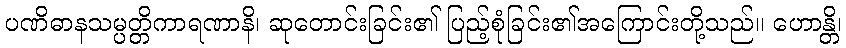
ပဏိဓာနသမ္ပတ္တိကာရဏာနိ၊ ဆုတောင်းခြင်း၏ ပြည့်စုံခြင်း၏အကြောင်းတို့သည်။ ဟောန္တိ၊